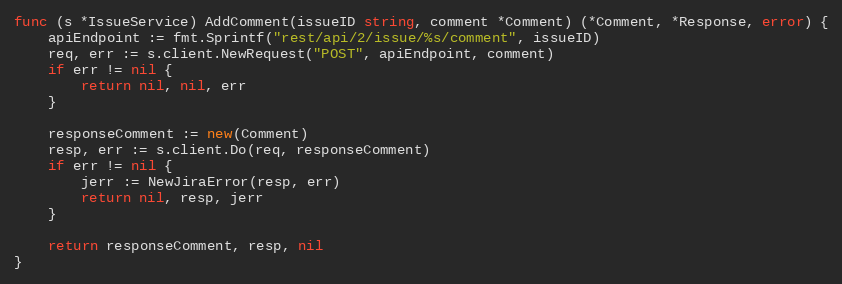
Language: Go
func (s *IssueService) AddComment(issueID string, comment *Comment) (*Comment, *Response, error) {
	apiEndpoint := fmt.Sprintf("rest/api/2/issue/%s/comment", issueID)
	req, err := s.client.NewRequest("POST", apiEndpoint, comment)
	if err != nil {
		return nil, nil, err
	}

	responseComment := new(Comment)
	resp, err := s.client.Do(req, responseComment)
	if err != nil {
		jerr := NewJiraError(resp, err)
		return nil, resp, jerr
	}

	return responseComment, resp, nil
}